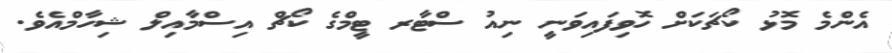
އެންމެ މޮޅު ކޯޗަކަށް ހޮވިފައިވަނީ ނިއު ސްޓާރ ޓީމްގެ ކޯޗް އިސްމާއިލް ޝިހާމްއެވެ.